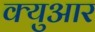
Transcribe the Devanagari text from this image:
क्युआर